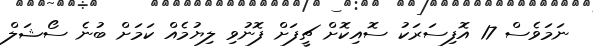
ނަމަވެސް 17 އޮފިސަރަކު ސޮއިކޮށް ޗީފަށް ފޮނުވި ލިޔުމެއް ކަމަށް ބުނެ ސޯޝަލް